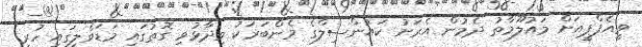
ވީއެފްޕީއަށް މައުލޫމާތު ދެމުން އެރަށު ކައުންސިލްގެ މެންބަރަކު ވިދާޅުވި ގޮތުގައި މަޑަވެލީގައި ހުރި